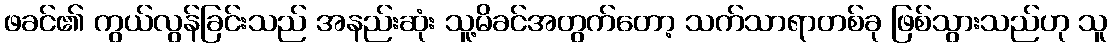
ဖခင်၏ ကွယ်လွန်ခြင်းသည် အနည်းဆုံး သူ့မိခင်အတွက်တော့ သက်သာရာတစ်ခု ဖြစ်သွားသည်ဟု သူ